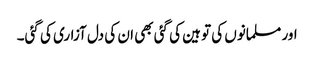
اور مسلمانوں کی توہین کی گئی بھی ان کی دل آزاری کی گئی۔